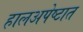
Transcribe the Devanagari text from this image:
हालअपेष्टात